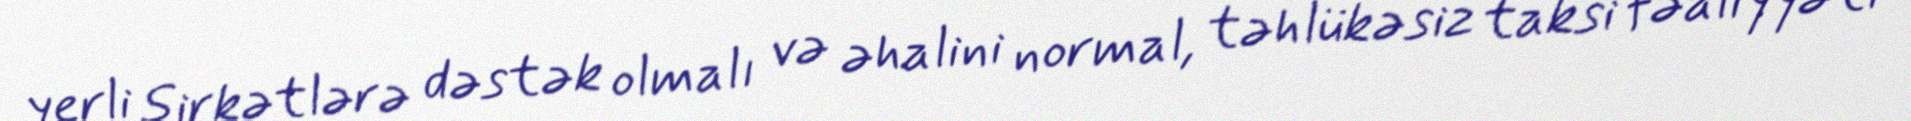
yerli şirkətlərə dəstək olmalı və əhalini normal, təhlükəsiz taksi fəaliyyəti